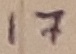
Text: 17